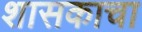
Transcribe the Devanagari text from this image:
शासकाचा